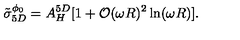
\tilde { \sigma } _ { 5 D } ^ { \phi _ { 0 } } = A _ { H } ^ { 5 D } [ 1 + { \cal O } ( \omega R ) ^ { 2 } \ln ( \omega R ) ] .